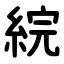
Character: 綄